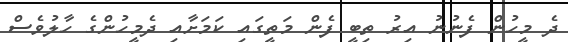
ދެ މީހުން ފެނުނު އިރު ތިބީ ފެން މަތީގައި ކަމަށާއި ދެމީހުންގެ ހާލުވެސް